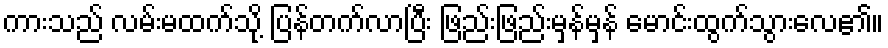
ကားသည် လမ်းမထက်သို့ ပြန်တက်လာပြီး ဖြည်းဖြည်းမှန်မှန် မောင်းထွက်သွားလေ၏။